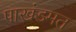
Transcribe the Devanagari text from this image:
पाखंडमत